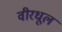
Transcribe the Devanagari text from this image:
वीरधूल